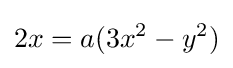
2x=a(3x^{2}-y^{2})